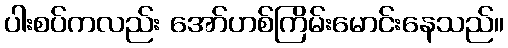
ပါးစပ်ကလည်း အော်ဟစ်ကြိမ်းမောင်းနေသည်။